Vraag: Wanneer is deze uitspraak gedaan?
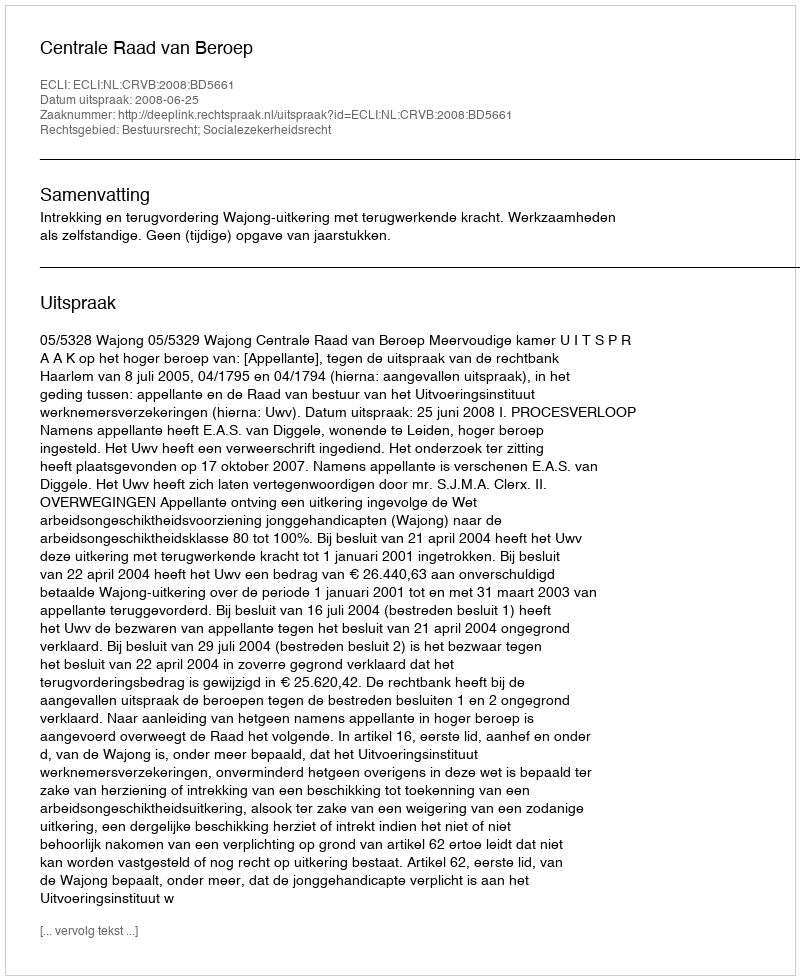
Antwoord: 2008-06-25